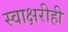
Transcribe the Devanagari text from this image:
स्वाक्षरीही